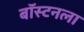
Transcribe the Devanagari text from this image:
बॉस्टनला